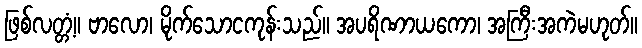
ဖြစ်လတ္တံ့။ ဗာလော၊ မိုက်သောငကုန်းသည်။ အပရိဏာယကော၊ အကြီးအကဲမဟုတ်။